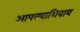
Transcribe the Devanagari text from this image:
आपल्याशिवाय